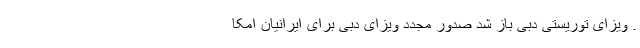
. ویزای توریستی دبی باز شد صدور مجدد ویزای دبی برای ایرانیان امکا